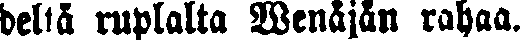
deltä ruplalta Wenäjän rahaa.